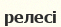
релесі